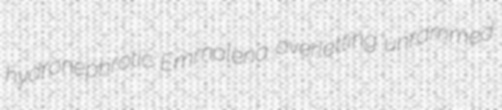
hydronephrotic Emmalena overletting unrammed